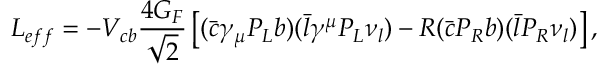
{ \cal L } _ { e f f } = - V _ { c b } \frac { 4 G _ { F } } { \sqrt { 2 } } \left[ ( \bar { c } \gamma _ { \mu } P _ { L } b ) ( \bar { l } \gamma ^ { \mu } P _ { L } \nu _ { l } ) - R ( \bar { c } P _ { R } b ) ( \bar { l } P _ { R } \nu _ { l } ) \right] ,